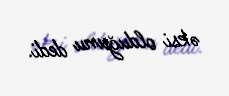
əksi olduğunu dedi.